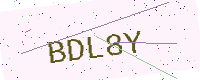
Text: BDL8Y